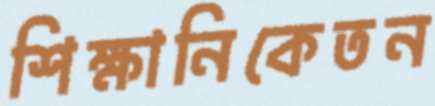
শিক্ষানিকেতন